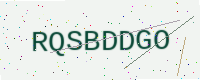
Text: RQSBDDGO